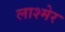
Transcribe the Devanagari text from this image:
लाश्मेर